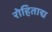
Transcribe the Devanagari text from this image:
रोहिताद्य